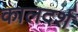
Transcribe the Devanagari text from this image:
कालदर्श